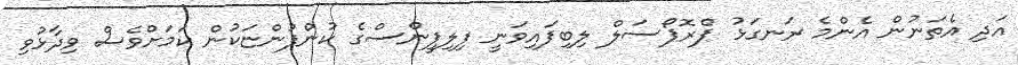
އަދި އެތަނުން އެންމެ ރަނގަޅު ޕްރޮޕޯސަލް ލިބިފައިވަނީ ފިލިޕީންސްގެ ކުންފުންޏަކުން ކަމަށްވެސް ވިދާޅުވި